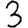
Digit: 3